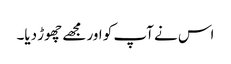
اس نے آپ کو اور مجھے چھوڑ دیا۔